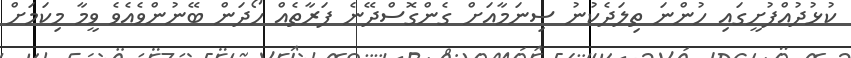
ކުޅުދުއްފުށީގައި ހުންނަ ތިލަދެކުނު ސިނަމާއަށް ގެންގޮސްދޭނެ ފަރާތެއް ހޯދަން ބޭނުންވެއެވެ ވީމާ މިކަމަށް